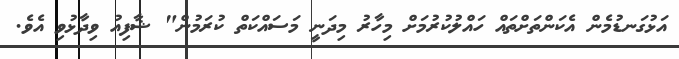
އަޅުގަނޑުމެން އެކަންތަށްތައް ހައްލުކުރުމަށް މިހާރު މިދަނީ މަސައްކަތް ކުރަމުން" ޝާފިއު ވިދާޅުވި އެވެ.